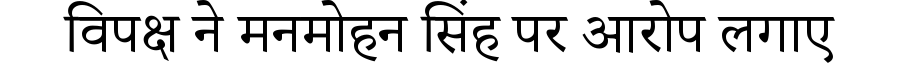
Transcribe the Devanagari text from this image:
विपक्ष ने मनमोहन सिंह पर आरोप लगाए